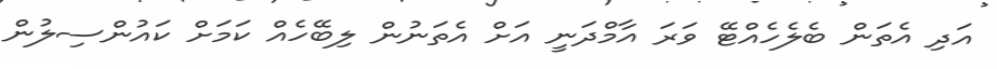
އަދި އެތަން ބެލެހެއްޓޭ ވަރަ އާމްދަނީ އަށް އެތަނުން ލިބޭހެއް ކަމަށް ކައުންސިލުން